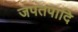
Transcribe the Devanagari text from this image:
जपतपादि